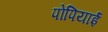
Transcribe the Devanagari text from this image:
पोंपियाईं